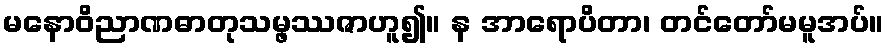
မနောဝိညာဏဓာတုသမ္ဖဿဇာဟူ၍။ န အာရောပိတာ၊ တင်တော်မမူအပ်။